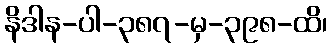
နိဒါန-ပါ-၃၈၇-မှ-၃၉၈-ထိ၊